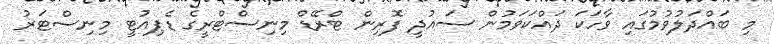
މި ބައްދަލުވުމުގައި ވާހަކަ ދައްކަވަމުން ސައުދީ ފޮރިން ޓްރޭޑް މިނިސްޓްރީގެ ޑެޕިއުޓީ މިނިސްޓަރު